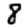
Digit: 8